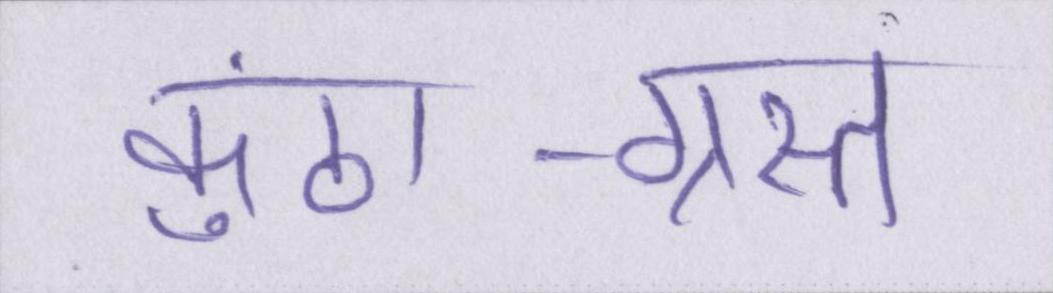
कुंठा-ग्रस्त